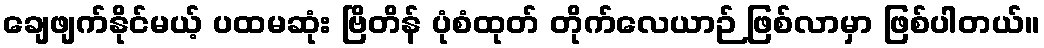
ချေဖျက်နိုင်မယ့် ပထမဆုံး ဗြိတိန် ပုံစံထုတ် တိုက်လေယာဉ် ဖြစ်လာမှာ ဖြစ်ပါတယ်။